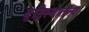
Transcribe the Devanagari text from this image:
बुद्धिस्वातंत्र्य